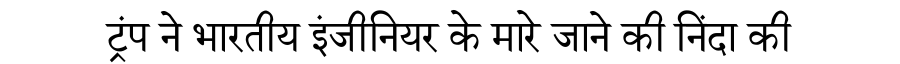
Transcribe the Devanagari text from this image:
ट्रंप ने भारतीय इंजीनियर के मारे जाने की निंदा की